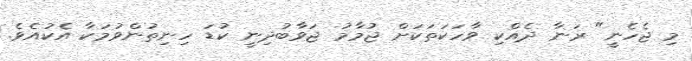
މި ޖެހެނީ" ރަނާ ދެއްކި ވާހަކަތަކަށް ޖުމާމު ޖަވާބުދިނީ ކުޑަ ހިނިތުންވުމަކާ އެކުއެވެ.